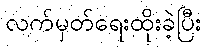
လက်မှတ်ရေးထိုးခဲ့ပြီး